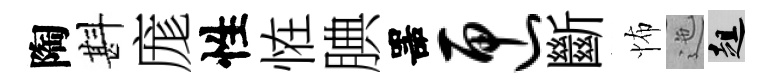
陶斟庬性恠腆噐匣斷怖迤趄